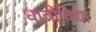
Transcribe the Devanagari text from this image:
धात्रीविद्या